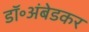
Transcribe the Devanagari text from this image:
डॉ॰अंबेडकर